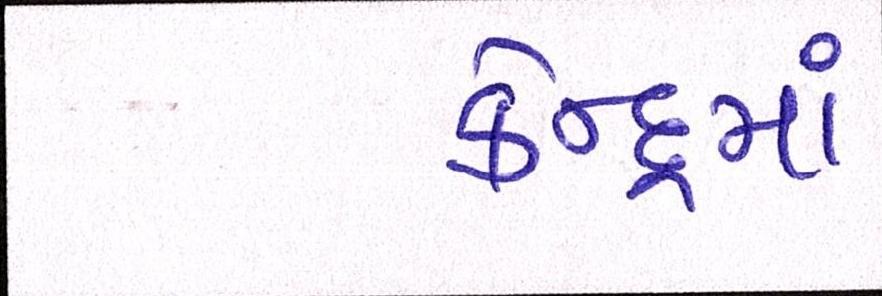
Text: કેન્દ્રમાં